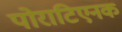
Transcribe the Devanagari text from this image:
पोराटिएनक